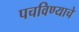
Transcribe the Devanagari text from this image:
पचविण्याचे